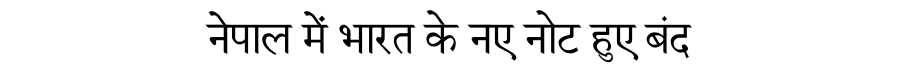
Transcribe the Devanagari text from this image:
नेपाल में भारत के नए नोट हुए बंद